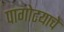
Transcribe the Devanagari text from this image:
पागोटयाचे